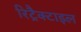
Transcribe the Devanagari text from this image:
रिट्रैक्टाइल